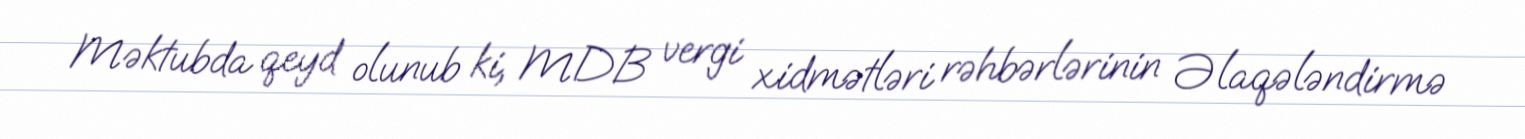
Məktubda qeyd olunub ki, MDB vergi xidmətləri rəhbərlərinin Əlaqələndirmə